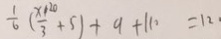
\frac { 1 } { 6 } ( \frac { x 1 2 0 } { 3 } + 5 ) + 9 + 1 1 0 = 1 2